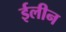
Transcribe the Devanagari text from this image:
ईलीन